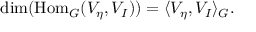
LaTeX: \dim ( { \mathrm { H o m } } _ { G } ( V _ { \eta } , V _ { I } ) ) = \langle V _ { \eta } , V _ { I } \rangle _ { G } .